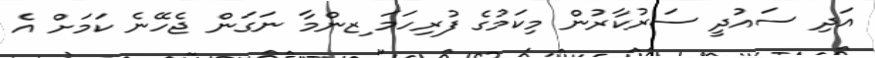
އަދި ސައުދީ ސަރުކާރުން މިކަމުގެ ފުރިހަމަ ިޒންމާ ނަގަން ޖެހޭނެ ކަމަށް އެ